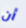
أن